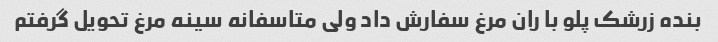
بنده زرشک پلو با ران مرغ سفارش داد ولی متاسفانه سینه مرغ تحویل گرفتم